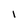
Character: 1